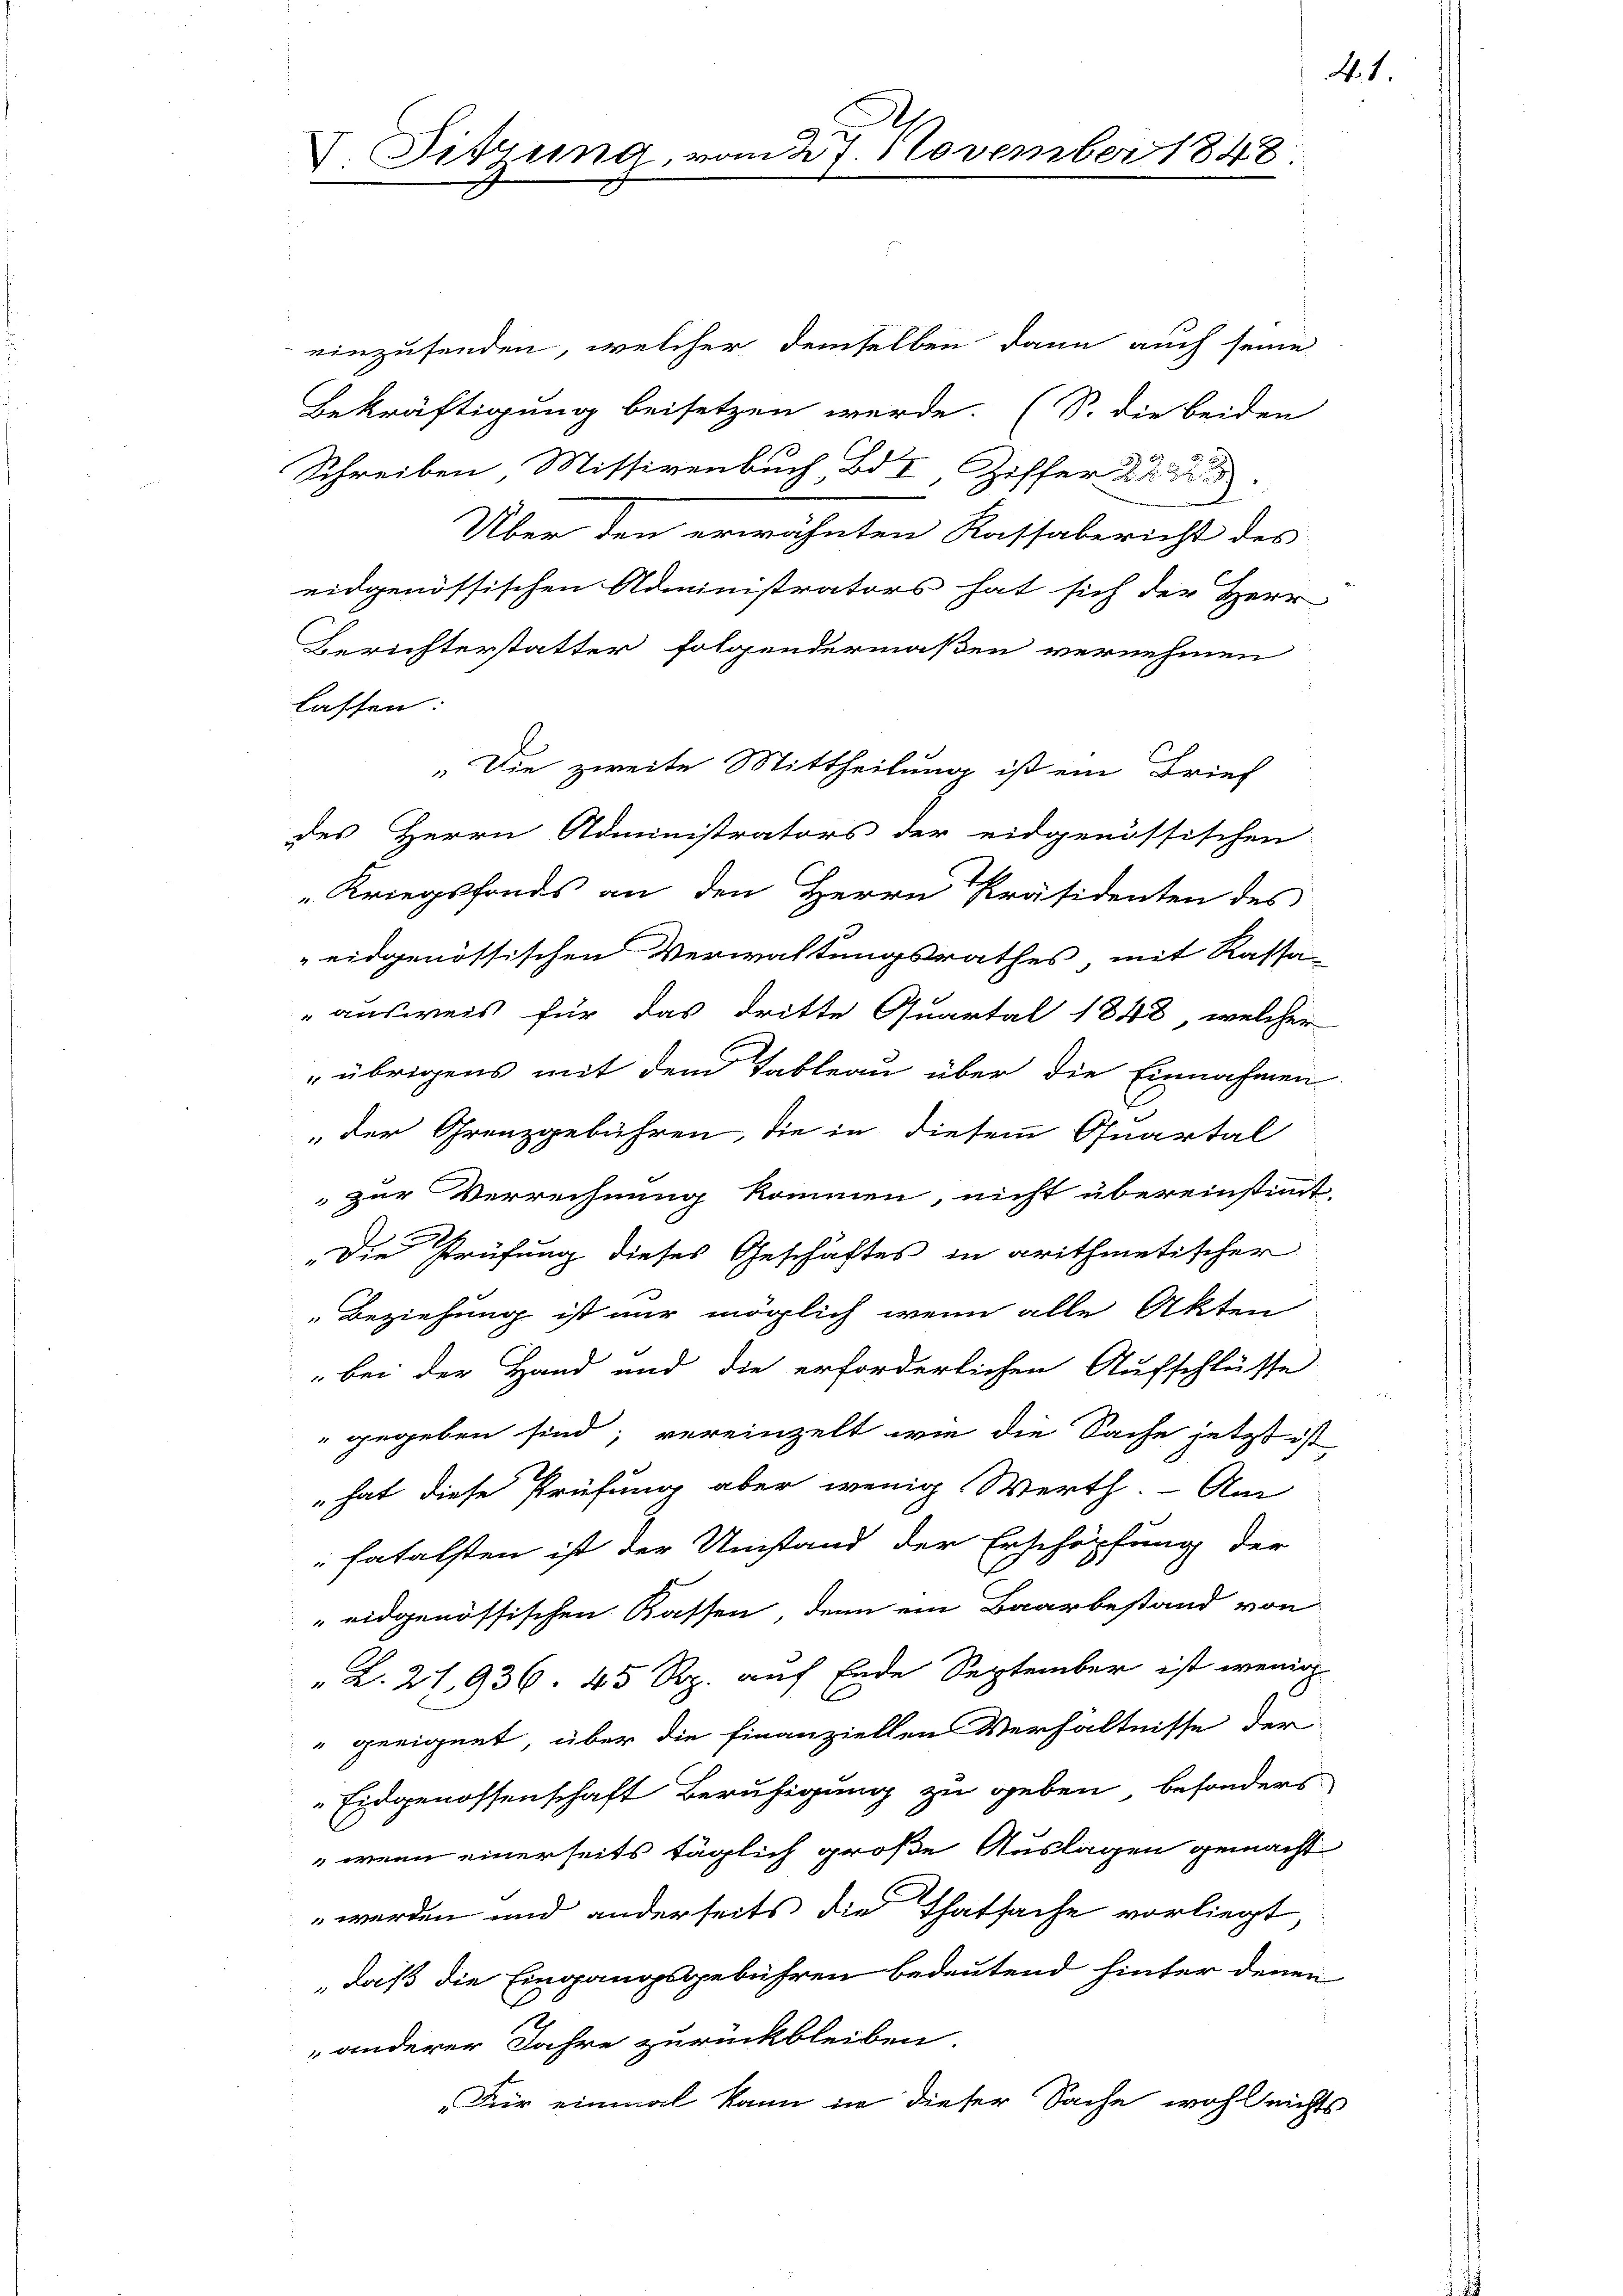
V. Sitzung, vom 27. November 1848.

einzusenden, welcher demselben dann auch seine
Bekräftigung beisetzen werde. (S. die beiden
Schreiben Missivenbuch Bd. I, Ziffer 22
Über den erwähnten Kassabericht des
eidgenössischen Administrators hat sich der Herr
Berichterstatter folgendermaßen vernehmen
lassen:
„Die zweite Mittheilung ist ein Brief
des Herrn Administrators der eidgenössischen
 Kriegsfonds an den Herrn Präsidenten des
eidgenössischen Verwaltungsrathes mit Kassa-
" ausweis für das dritte Quartal 1848, welcher
" übrigens mit dem Tableau über die Einnahmen
„der Grenzgebühren, die in diesem Quartal
zur Verrechnung kommen, nicht übereinstimmt.
„Die Prüfung dieses Geschäftes in arithmetischer
Beziehung ist nur möglich wenn alle Akten
bei der Hand und die erforderlichen Aufschlüsse
" gegeben sind; vereinzelt wie die Sache jetzt ist
 hat diese Prüfung aber wenig Werth. Am
fatalsten ist der Umstand der Erschöpfung der
eidgenössischen Kassen, denn ein Baarbestand von
"L. 27,936. 45 Rp. auf Ende September ist wenig
 geeignet, über die finanziellen Verhältnisse der
Eidgenossenschaft Beruhigung zu geben, besonders
 wenn einerseits täglich große Auslagen gemacht
werden und anderseits die Thatsache vorliegt,
„daß die Eingangsgebühren bedeutend hinter denen
„anderer Jahre zurückbleiben.
„Für einmal kann in dieser Sache wohl nichts

41